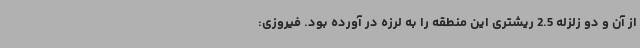
از آن و دو زلزله 2.5 ریشتری این منطقه را به لرزه در آورده بود. فیروزی: